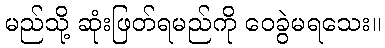
မည်သို့ ဆုံးဖြတ်ရမည်ကို ဝေခွဲမရသေး။